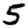
Digit: 5